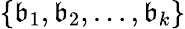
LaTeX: \{ \mathfrak{b}_{1},\mathfrak{b}_{2},\ldots,\mathfrak{b}_{k}\}